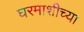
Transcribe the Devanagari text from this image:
घरमाशीच्या